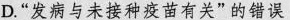
D.”发病与未接种疫苗有关”的错误